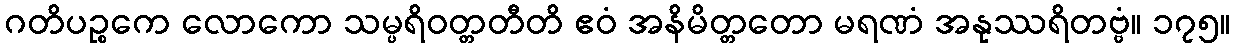
ဂတိပဉ္စကေ လောကော သမ္ပရိဝတ္တတီတိ ဧဝံ အနိမိတ္တတော မရဏံ အနုဿရိတဗ္ဗံ။ ၁၇၅။